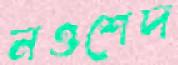
নওশেদ